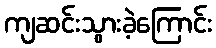
ကျဆင်းသွားခဲ့ကြောင်း